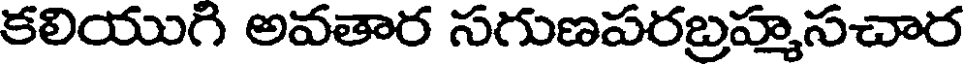
కలియుగి అవతార సగుణపరబ్రహ్మసచార